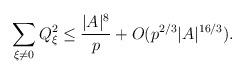
LaTeX: \begin{align*}\sum_{\xi\not=0}Q_\xi^2 \leq \frac{|A|^8}p + O(p^{2/3}|A|^{16/3}).\end{align*}